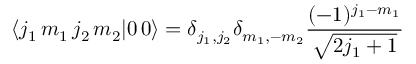
\langle j _ { 1 } \, m _ { 1 } \, j _ { 2 } \, m _ { 2 } | 0 \, 0 \rangle = \delta _ { j _ { 1 } , j _ { 2 } } \delta _ { m _ { 1 } , - m _ { 2 } } { \frac { ( - 1 ) ^ { j _ { 1 } - m _ { 1 } } } { \sqrt { 2 j _ { 1 } + 1 } } }